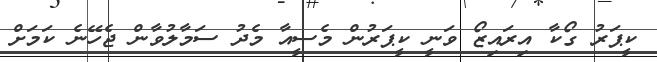
ކީޕަރު ގޯކާ އިރައިޒޯ ވަނީ ކީޕަރުން މެސީއާ މެދު ސަމާލުވާން ޖެހޭނެ ކަމަށް